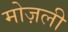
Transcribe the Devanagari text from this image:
मोज़ली